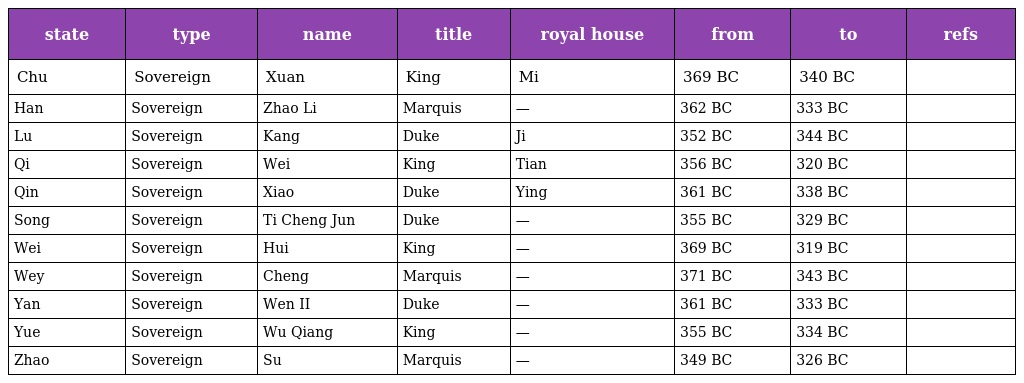
| state | type | name | title | royal house | from | to | refs |
 | --- | --- | --- | --- | --- | --- | --- | --- |
 | Chu | Sovereign | Xuan | King | Mi | 369 BC | 340 BC |  |
 | Han | Sovereign | Zhao Li | Marquis | — | 362 BC | 333 BC |  |
 | Lu | Sovereign | Kang | Duke | Ji | 352 BC | 344 BC |  |
 | Qi | Sovereign | Wei | King | Tian | 356 BC | 320 BC |  |
 | Qin | Sovereign | Xiao | Duke | Ying | 361 BC | 338 BC |  |
 | Song | Sovereign | Ti Cheng Jun | Duke | — | 355 BC | 329 BC |  |
 | Wei | Sovereign | Hui | King | — | 369 BC | 319 BC |  |
 | Wey | Sovereign | Cheng | Marquis | — | 371 BC | 343 BC |  |
 | Yan | Sovereign | Wen II | Duke | — | 361 BC | 333 BC |  |
 | Yue | Sovereign | Wu Qiang | King | — | 355 BC | 334 BC |  |
 | Zhao | Sovereign | Su | Marquis | — | 349 BC | 326 BC |  |